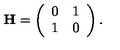
{ \bf H } = \left( \begin{array} { c c } { 0 } & { 1 } \\ { 1 } & { 0 } \\ \end{array} \right) .